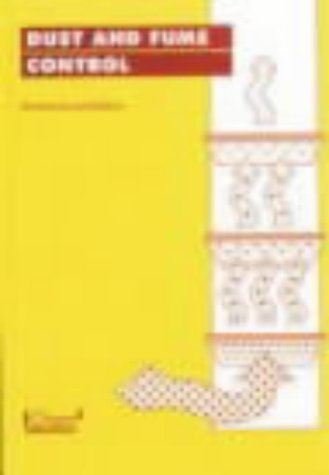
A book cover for Dust and Fume Control: A User Guide, Second Edition; Dana M. Muir; Science & Math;